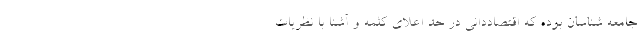
جامعه شناسان بوده که اقتصاددانی در حد اعلای کلمه و آشنا با نظریات